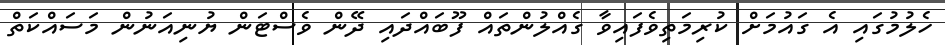
ހެލުމުގައި އެ ގައުމަށް ކުރިމަތިވެފައިވާ ގެއްލުންތައް ފޫބައްދައި ދޭން ވެސްޓަން ޔުނިއަނުން މަސައްކަތް